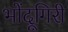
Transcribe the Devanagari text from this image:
भोंदूगिरी